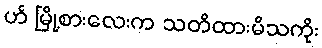
ဟ် မြို့စားလေးက သတိထားမိသကိုး